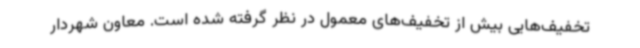
تخفیف‌هایی بیش از تخفیف‌های معمول در نظر گرفته شده است. معاون شهردار